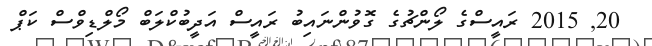
20